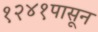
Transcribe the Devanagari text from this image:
१२४१पासून